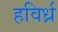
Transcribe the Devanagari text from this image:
हविर्ध्र